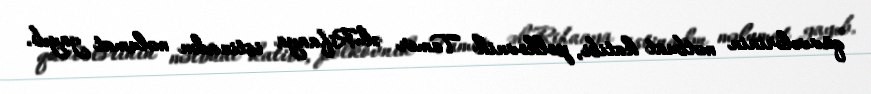
qüvvələrinin mətbuat katibi, polkovnik Tamer əl-Rifaaya istinadən məlumat yayıb.